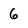
Character: 6